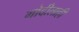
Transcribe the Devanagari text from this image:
गोदीलाही